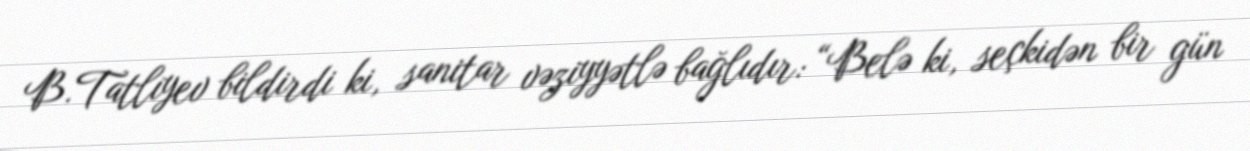
B.Tatlıyev bildirdi ki, sanitar vəziyyətlə bağlıdır: “Belə ki, seçkidən bir gün